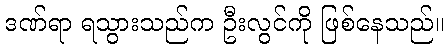
ဒဏ်ရာ ရသွားသည်က ဦးလွင်ကို ဖြစ်နေသည်။